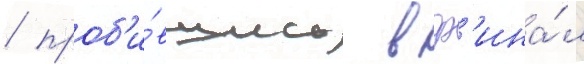
/ проб'и́вшись в ф'ина́л